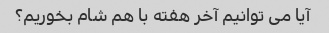
آیا می توانیم آخر هفته با هم شام بخوریم؟